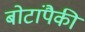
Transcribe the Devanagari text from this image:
बोटांपैकी